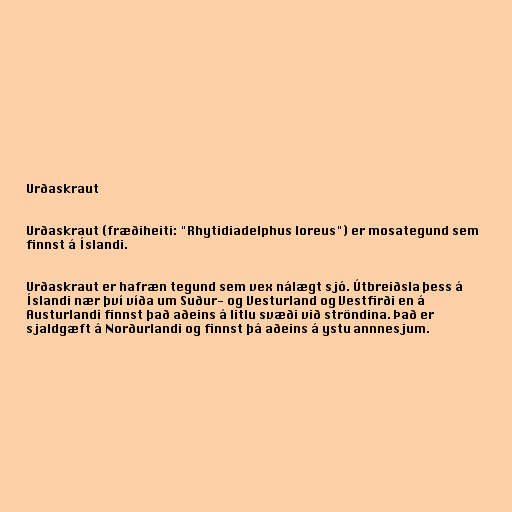
Urðaskraut

Urðaskraut (fræðiheiti: "Rhytidiadelphus loreus") er mosategund sem
finnst á Íslandi.

Urðaskraut er hafræn tegund sem vex nálægt sjó. Útbreiðsla þess á
Íslandi nær því víða um Suður- og Vesturland og Vestfirði en á
Austurlandi finnst það aðeins á litlu svæði við ströndina. Það er
sjaldgæft á Norðurlandi og finnst þá aðeins á ystu annnesjum.